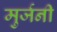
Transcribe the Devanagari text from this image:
मुर्जनी